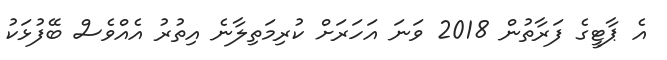
އެ ޕާޓީގެ ފަރާތުން 2018 ވަނަ އަހަރަށް ކުރިމަތިލާނެ އިތުރު އެއްވެސް ބޭފުޅަކު